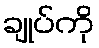
ချုပ်ကို